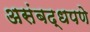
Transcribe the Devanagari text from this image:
असंबद्धपणे